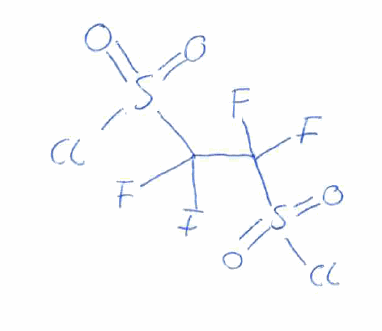
Simplified molecular-input line-entry system (SMILES) notation of the given molecule:
C(C(F)(F)S(=O)(=O)Cl)(F)(F)S(=O)(=O)Cl